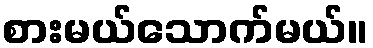
စားမယ်သောက်မယ်။